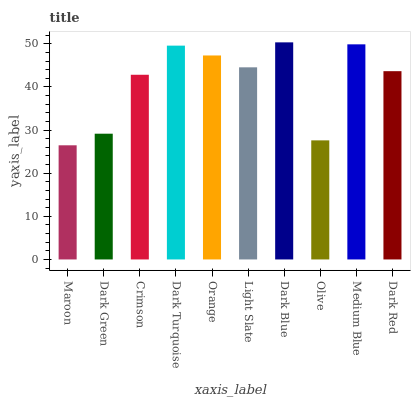
| xaxis_label | bars |
 | --- | --- |
 | Maroon | 26.5 |
 | Dark Green | 29.2 |
 | Crimson | 42.8 |
 | Dark Turquoise | 49.6 |
 | Orange | 47.3 |
 | Light Slate | 44.5 |
 | Dark Blue | 50.3 |
 | Olive | 27.6 |
 | Medium Blue | 49.9 |
 | Dark Red | 43.7 |